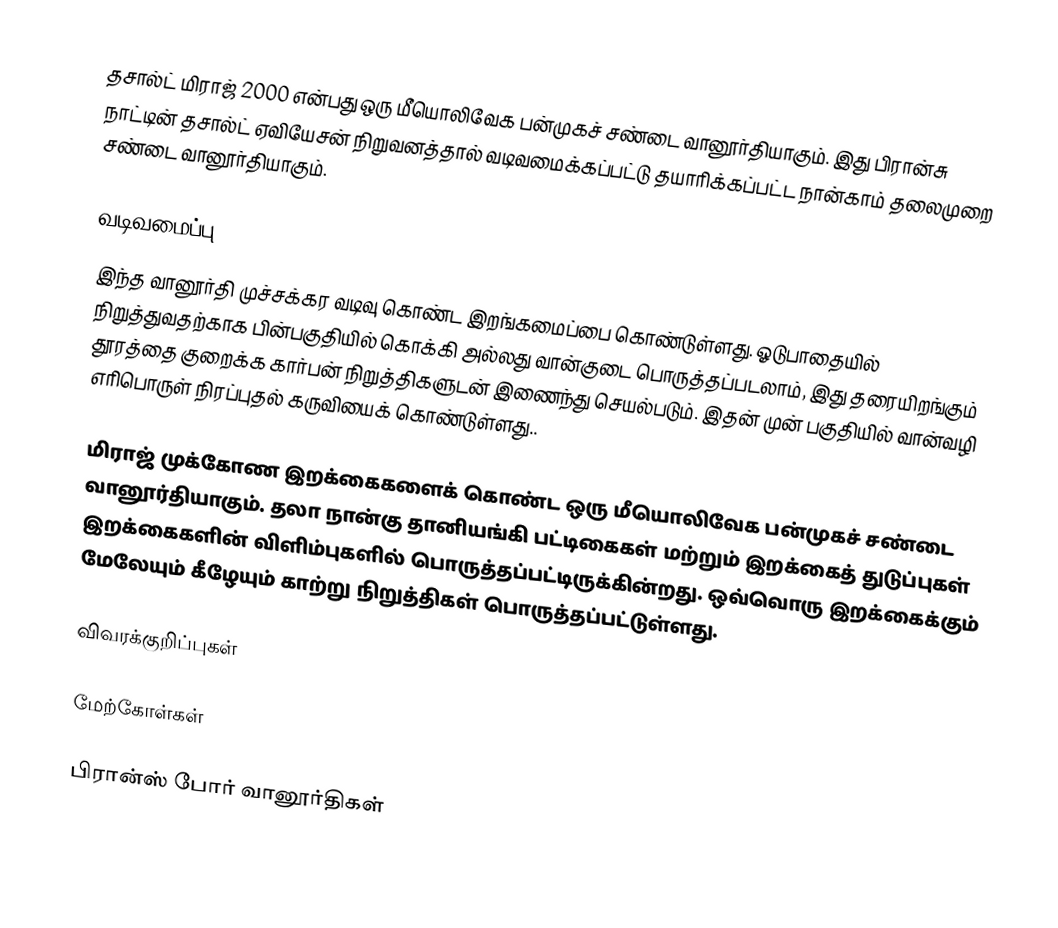
தசால்ட் மிராஜ் 2000 என்பது ஒரு மீயொலிவேக பன்முகச் சண்டை வானூர்தியாகும். இது பிரான்சு நாட்டின் தசால்ட் ஏவியேசன் நிறுவனத்தால் வடிவமைக்கப்பட்டு தயாரிக்கப்பட்ட நான்காம் தலைமுறை சண்டை வானூர்தியாகும்.

வடிவமைப்பு
இந்த வானூர்தி முச்சக்கர வடிவு கொண்ட இறங்கமைப்பை கொண்டுள்ளது. ஓடுபாதையில் நிறுத்துவதற்காக பின்பகுதியில் கொக்கி அல்லது வான்குடை பொருத்தப்படலாம், இது தரையிறங்கும் தூரத்தை குறைக்க கார்பன் நிறுத்திகளுடன் இணைந்து செயல்படும். இதன் முன் பகுதியில் வான்வழி எரிபொருள் நிரப்புதல் கருவியைக் கொண்டுள்ளது..

மிராஜ் முக்கோண இறக்கைகளைக் கொண்ட ஒரு மீயொலிவேக பன்முகச் சண்டை வானூர்தியாகும். தலா நான்கு தானியங்கி பட்டிகைகள் மற்றும் இறக்கைத் துடுப்புகள் இறக்கைகளின் விளிம்புகளில் பொருத்தப்பட்டிருக்கின்றது. ஒவ்வொரு இறக்கைக்கும் மேலேயும் கீழேயும் காற்று நிறுத்திகள் பொருத்தப்பட்டுள்ளது.

விவரக்குறிப்புகள்

மேற்கோள்கள்

பிரான்ஸ் போர் வானூர்திகள்